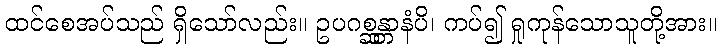
ထင်စေအပ်သည် ရှိသော်လည်း။ ဥပဂစ္ဆန္တာနံပိ၊ ကပ်၍ ရှုကုန်သောသူတို့အား။